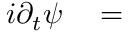
\begin{array} { r l } { i \partial _ { t } \psi } & { { } = } \end{array}